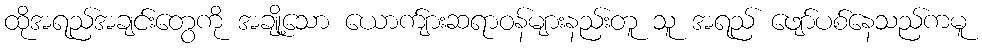
ထိုအရည်အချင်းတွေကို အချို့သော ယောက်ျားဆရာဝန်များနည်းတူ သူ အရည် ဖျော်ပစ်နေသည်ကမူ